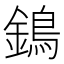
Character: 鵭